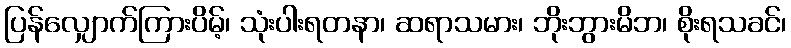
ပြန်လျှောက်ကြားပိမ့်၊ သုံးပါးရတနာ၊ ဆရာသမား၊ ဘိုးဘွားမိဘ၊ စိုးရသခင်၊